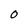
Character: 0